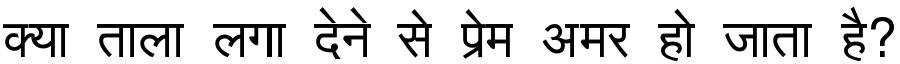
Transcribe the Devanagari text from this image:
क्या ताला लगा देने से प्रेम अमर हो जाता है?